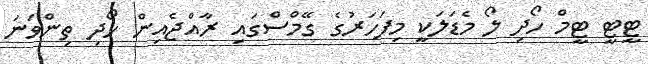
ޓީޓީ ޓީމް ހޯދި ލޯ މެޑަލަކީ މިފަހަރުގެ ގޭމްސްގައި ރާއްޖެއިން ހޯދި ތިންވަނަ